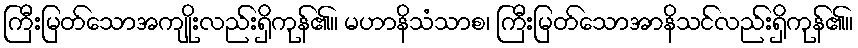
ကြီးမြတ်သောအကျိုးလည်းရှိကုန်၏။ မဟာနိသံသာစ၊ ကြီးမြတ်သောအာနိသင်လည်းရှိကုန်၏။